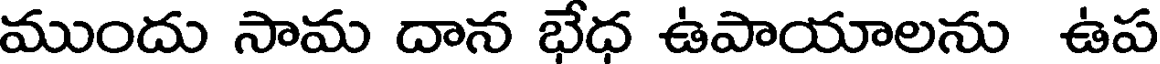
ముందు సామ దాన భేధ ఉపాయాలను ఉప